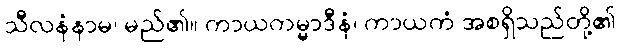
သီလနံနာမ၊ မည်၏။ ကာယကမ္မာဒီနံ၊ ကာယကံ အစရှိသည်တို့၏